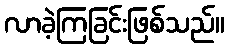
လာခဲ့ကြခြင်းဖြစ်သည်။